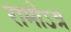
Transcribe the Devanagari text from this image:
रामोऽत्र